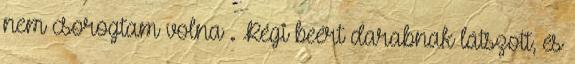
nem csorogtam volna . Régi beért darabnak látszott, és